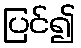
ပြင်၍